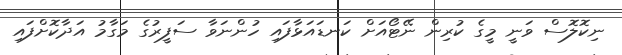
ނިކޮލޮސް ވަނީ މީގެ ކުރިން ނޭޓޯއަށް ކަނޑައަޅާފައި ހުންނަވާ ސަފީރުގެ މަގާމު އަދާކޮށްފައި